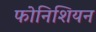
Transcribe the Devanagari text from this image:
फोनिशियन